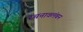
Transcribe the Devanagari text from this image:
रचनावलंबन